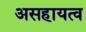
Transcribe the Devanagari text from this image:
असहायत्व